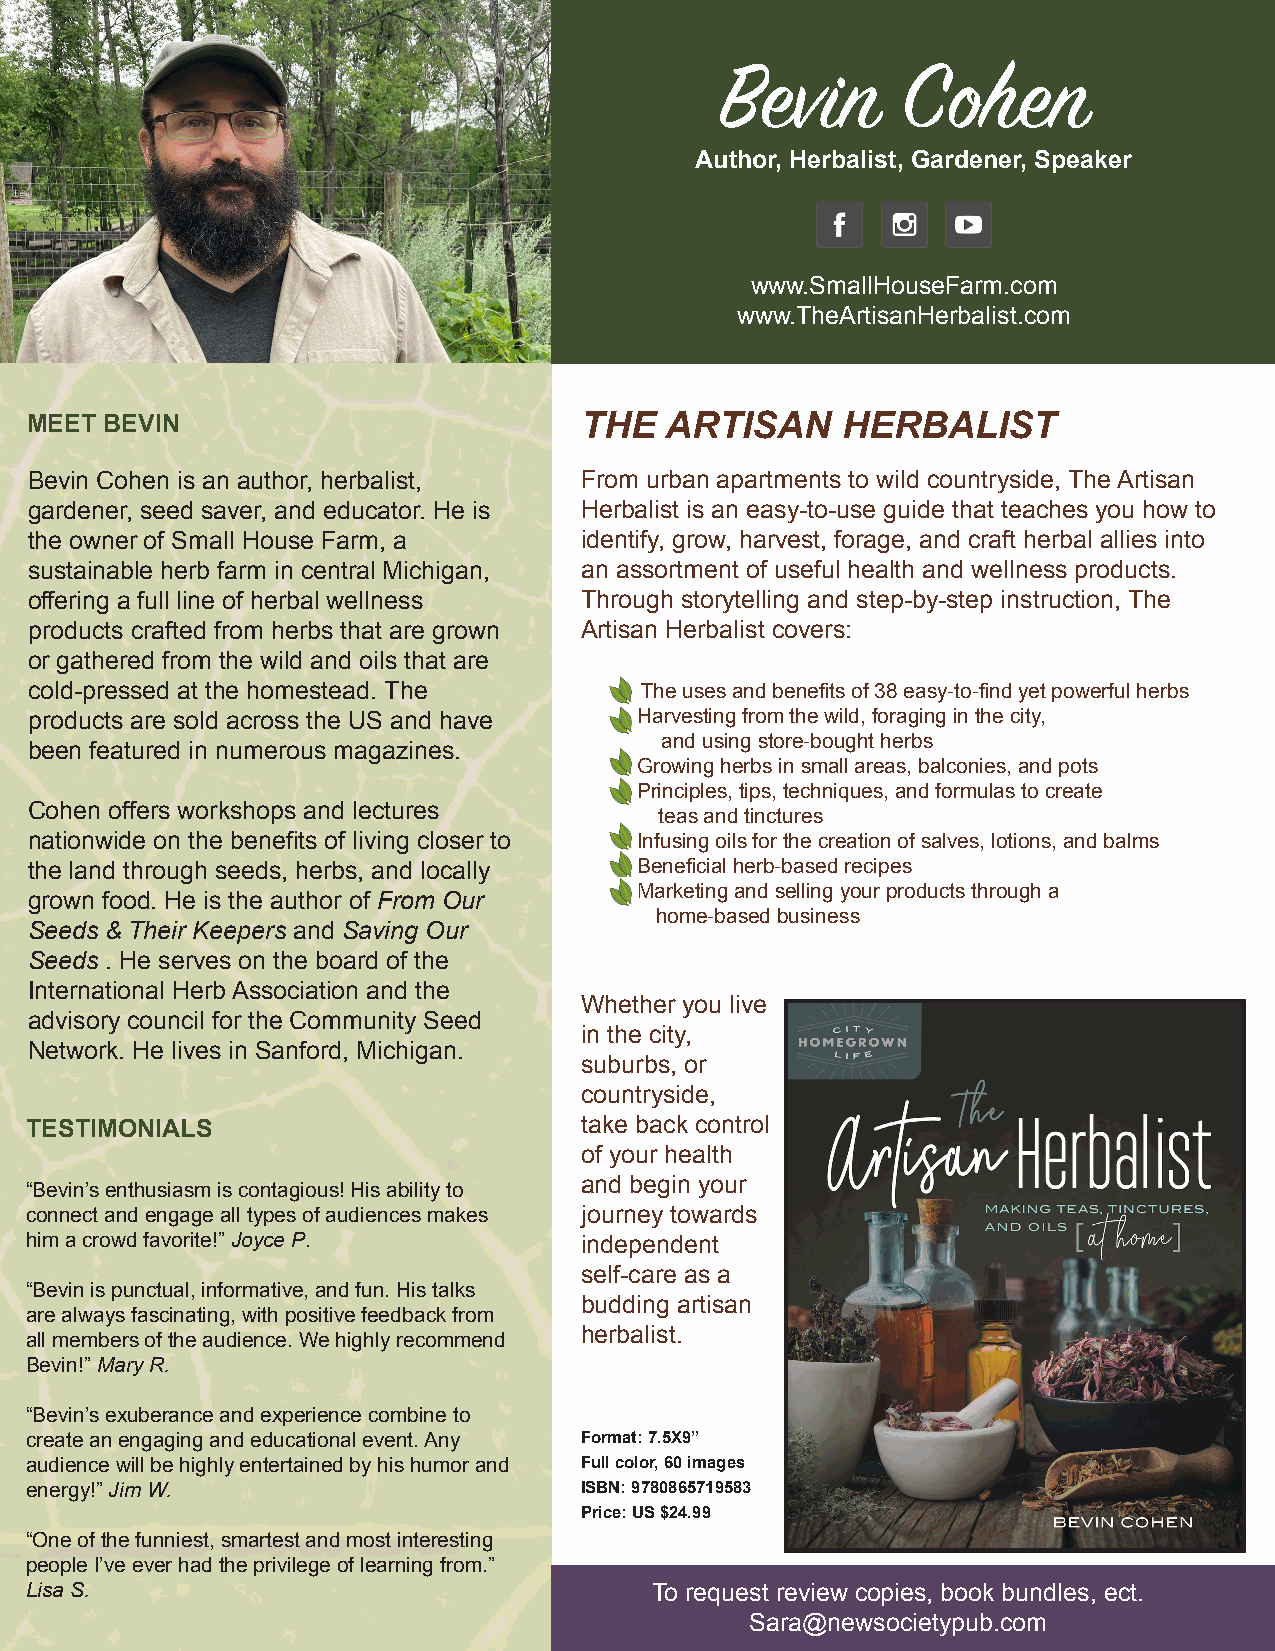
Bevin       Cohen
 Author, Herbalist, Gardener, Speaker
 www.SmallHouseFarm.com
 www.TheArtisanHerbalist.com
 MEET BEVIN                          THE   ARTISAN     HERBALIST
 Bevin Cohen is an author, herbalist, From urban apartments to wild countryside, The Artisan
 gardener, seed saver, and educator. He is Herbalist is an easy-to-use guide that teaches you how to
 the owner of Small House Farm, a    identify, grow, harvest, forage, and craft herbal allies into
 sustainable herb farm in central Michigan, an assortment of useful health and wellness products.
 offering a full line of herbal wellness Through storytelling and step-by-step instruction, The
 products crafted from herbs that are grown Artisan Herbalist covers:
 or gathered from the wild and oils that are
 cold-pressed at the homestead. The     • The uses and benefits of 38 easy-to-find yet powerful herbs
 products are sold across the US and have • Harvesting from the wild, foraging in the city,
 and using store-bought herbs
 been featured in numerous magazines.
 • Growing herbs in small areas, balconies, and pots
 • Principles, tips, techniques, and formulas to create
 Cohen offers workshops and lectures
 teas and tinctures
 nationwide on the benefits of living closer to • Infusing oils for the creation of salves, lotions, and balms
 the land through seeds, herbs, and locally • Beneficial herb-based recipes
 • Marketing and selling your products through a
 grown food. He is the author of From Our
 home-based business
 Seeds & Their Keepers and Saving Our
 Seeds . He serves on the board of the
 International Herb Association and the
 Whether you live
 advisory council for the Community Seed
 in the city,
 Network. He lives in Sanford, Michigan.
 suburbs, or
 countryside,
 TESTIMONIALS                        take back control
 of your health
 and begin your
 “Bevin’s enthusiasm is contagious! His ability to
 connect and engage all types of audiences makes journey towards
 him a crowd favorite!” Joyce P.     independent
 self-care as a
 “Bevin is punctual, informative, and fun. His talks
 budding artisan
 are always fascinating, with positive feedback from
 herbalist.
 all members of the audience. We highly recommend
 Bevin!” Mary R.
 “Bevin’s exuberance and experience combine to
 create an engaging and educational event. Any Format: 7.5X9”
 audience will be highly entertained by his humor and Full color, 60 images
 energy!” Jim W.                     ISBN: 9780865719583
 Price: US $24.99
 “One of the funniest, smartest and most interesting
 people I’ve ever had the privilege of learning from.”
 Lisa S.                                  To request review copies, book bundles, ect.
 Sara@newsocietypub.com